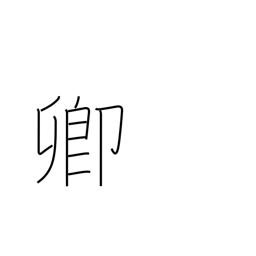
Meaning: lord